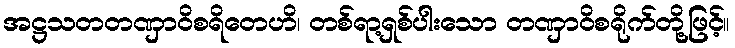
အဋ္ဌသတတဏှာဝိစရိတေဟိ၊ တစ်ရာ့ရှစ်ပါးသော တဏှာဝိစရိုက်တို့ဖြင့်။